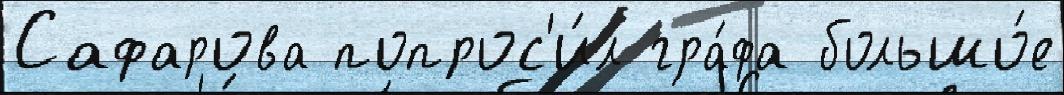
Сафарова попрос'и́л гра́фа большо́е